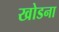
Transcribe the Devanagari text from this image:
खोडना